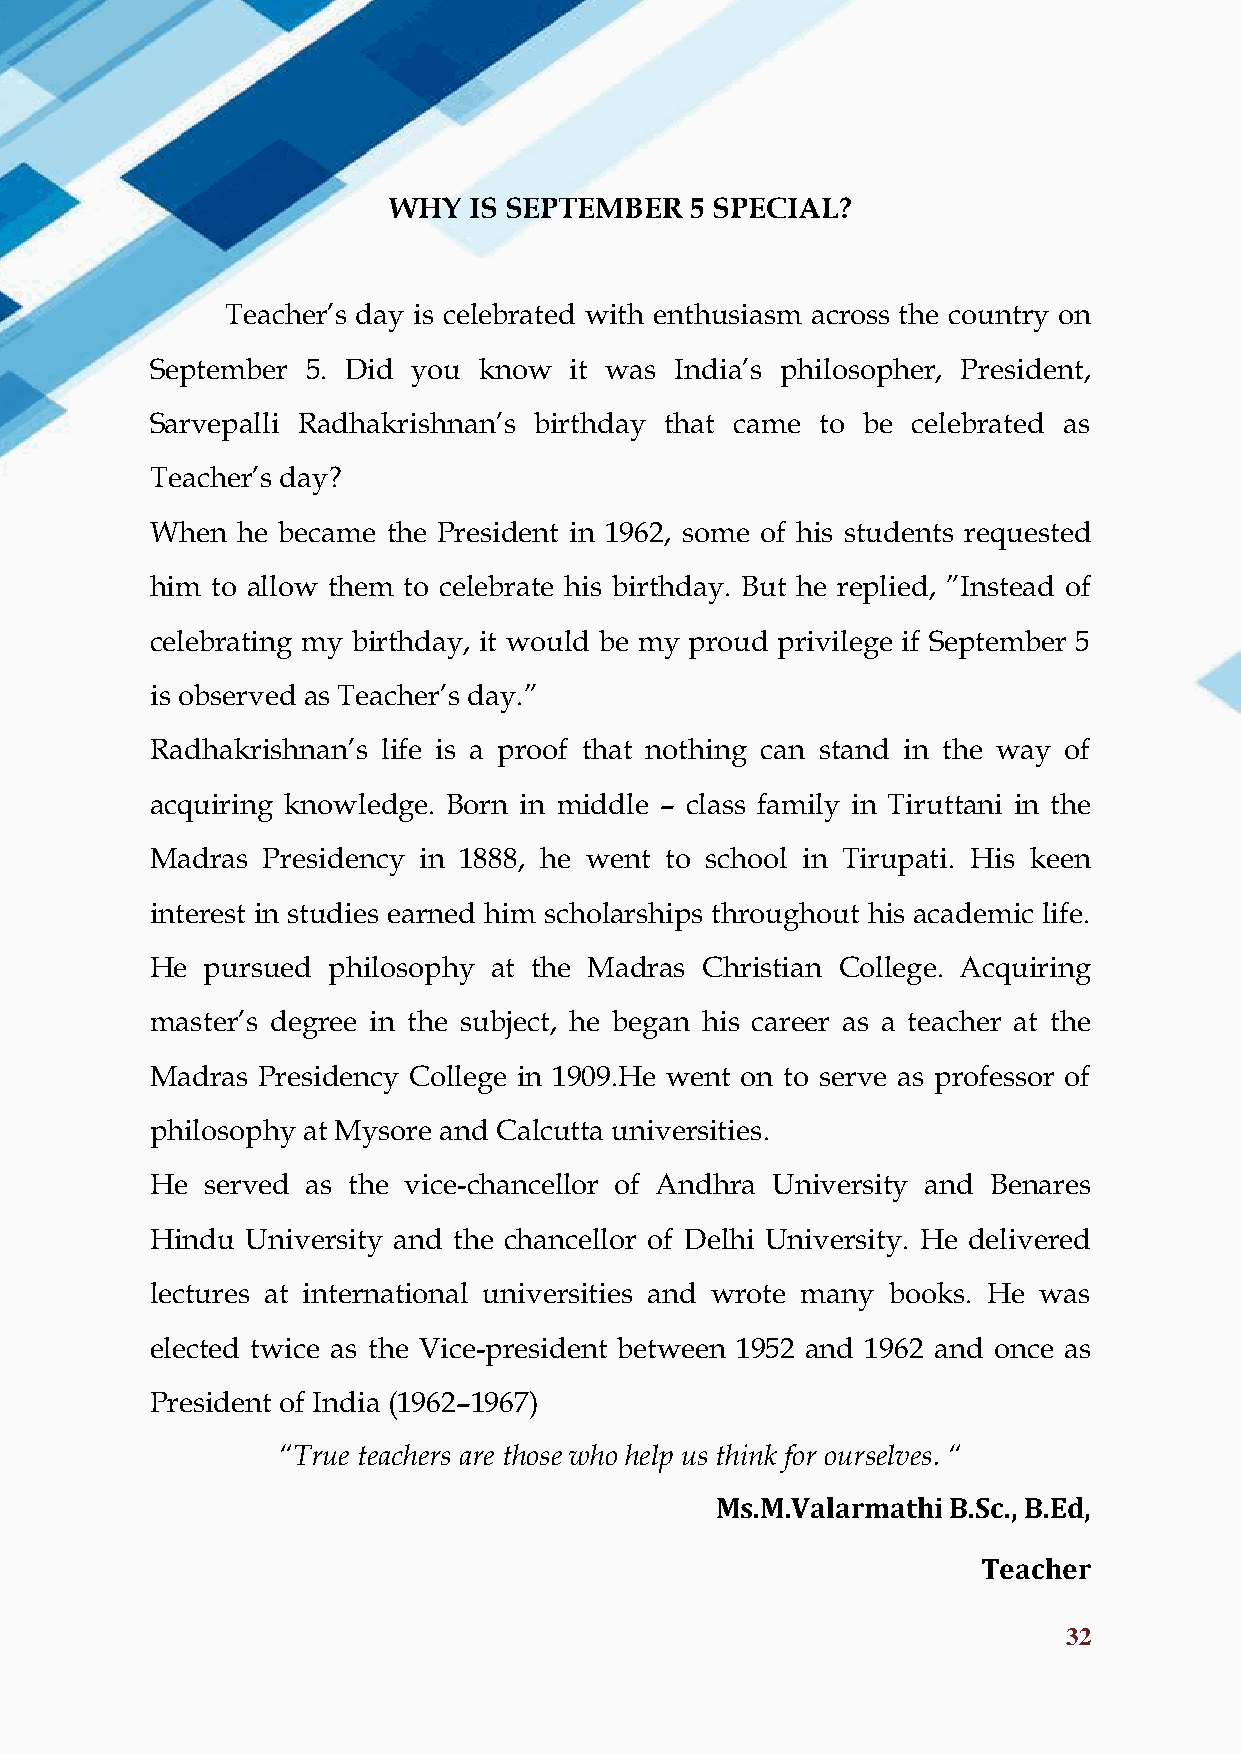
HONEY VIBES
 WHY  IS SEPTEMBER   5 SPECIAL?
 Teacher’s day is celebrated with enthusiasm across the country on
 September 5. Did you  know  it was India’s philosopher, President,
 Sarvepalli Radhakrishnan’s birthday that came to be celebrated as
 Teacher’s day?
 When  he became the President in 1962, some of his students requested
 him to allow them to celebrate his birthday. But he replied, ”Instead of
 celebrating my birthday, it would be my proud privilege if September 5
 is observed as Teacher’s day.”
 Radhakrishnan’s life is a proof that nothing can stand in the way of
 acquiring knowledge. Born in middle – class family in Tiruttani in the
 Madras Presidency in 1888, he went to school in Tirupati. His keen
 interest in studies earned him scholarships throughout his academic life.
 He  pursued philosophy at the Madras Christian College. Acquiring
 master’s degree in the subject, he began his career as a teacher at the
 Madras Presidency College in 1909.He went on to serve as professor of
 philosophy at Mysore and Calcutta universities.
 He  served as the vice-chancellor of Andhra University and Benares
 Hindu University and the chancellor of Delhi University. He delivered
 lectures at international universities and wrote many books. He was
 elected twice as the Vice-president between 1952 and 1962 and once as
 President of India (1962–1967)
 “True teachers are those who help us think for ourselves. “
 Ms.M.Valarmathi B.Sc., B.Ed,
 Teacher
 32